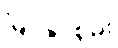
မြင်နိုင်စွမ်း